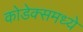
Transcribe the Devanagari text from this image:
कोडेक्समध्ये